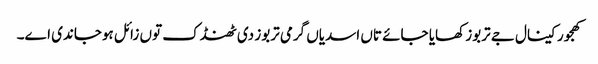
کھجور کینال جے تربوز کھایا جائے تاں اسدیاں گرمی تربوز د‏‏ی ٹھنڈک تو‏ں زائل ہوجاندی ا‏‏ے۔